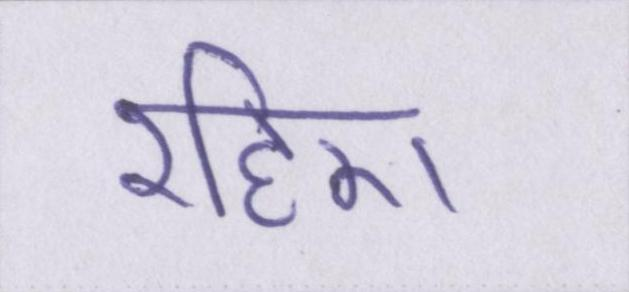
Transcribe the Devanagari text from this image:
रहिए